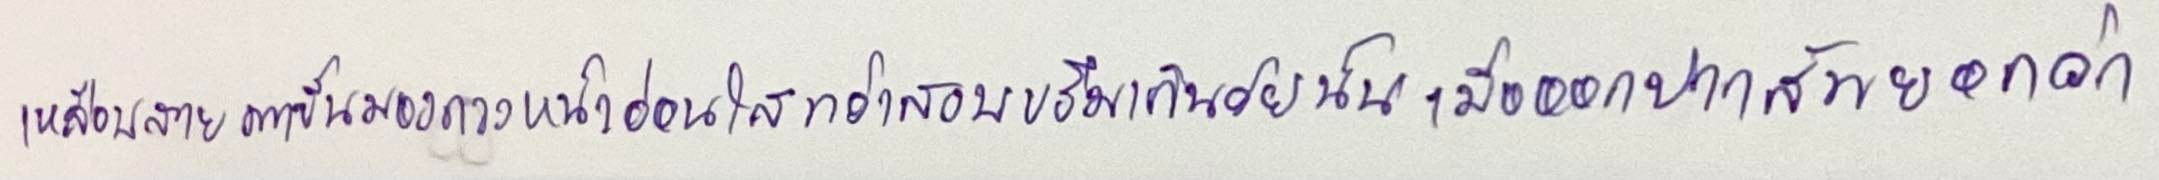
เหลือบสายตาขึ้นมองดวงหน้าอ่อนใสทว่าสงบขรึมเกินวัยนั้นเมื่อออกปากสัพยอกว่า